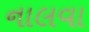
નાલવા